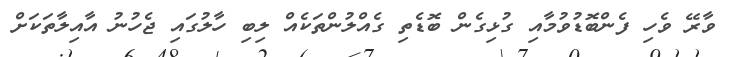
ވާރޭ ވެހި ފެންބޮޑުވުމާއި ގުޅިގެން ބޮޑެތި ގެއްލުންތަކެއް ލިބި ހާލުގައި ޖެހުނު އާއިލާތަކަށް